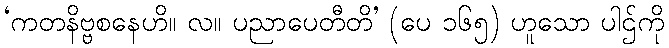
‘ကတနိဗ္ဗစနေဟိ။ လ။ ပညာပေတီတိ’ (ပေ ၁၆၅) ဟူသော ပါဌ်ကို